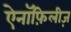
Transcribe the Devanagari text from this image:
ऐनॉफ़िलीज़